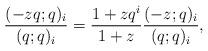
LaTeX: \begin{align*}\frac{(-zq;q)_i}{(q;q)_i}=\frac{1+z q^i}{1+z}\frac{(-z;q)_i}{(q;q)_i},\end{align*}